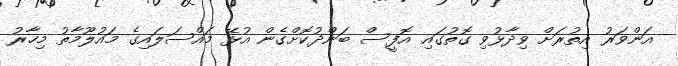
އަންވަރު އިތުރަށް ވިދާޅުވި ގޮތުގައި އޮފީސް ބަންދުކޮށްގެން އުޅޭ މައްސަލައިގެ މައުލޫމާތު މިހާރު